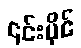
၎င်းပိုင်